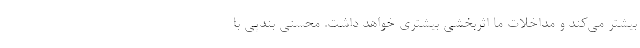
بیشتر می‌کند و مداخلات ما اثربخشی بیشتری خواهد داشت. محسنی بندپی با